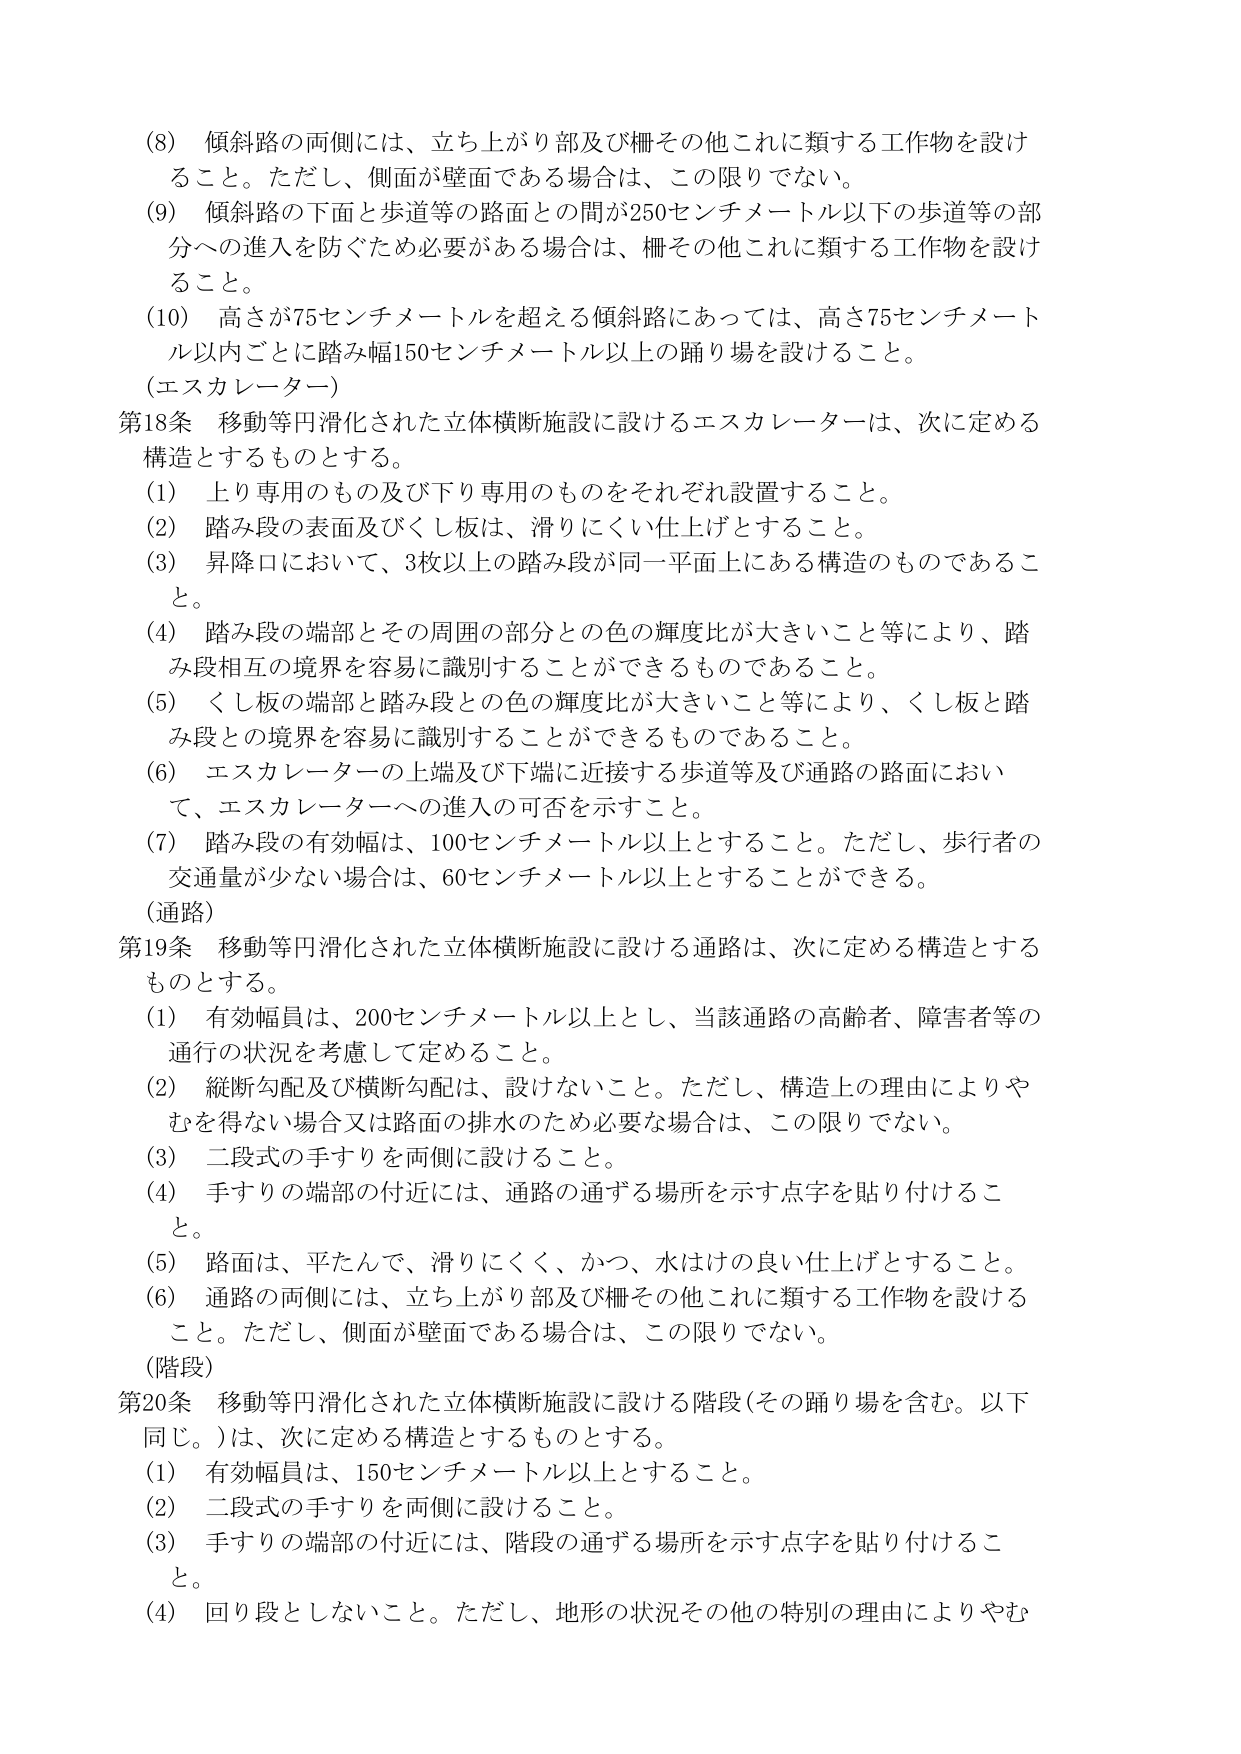
(8) 傾斜路の両側には、立ち上がり部及び柵その他これに類する工作物を設けること。ただし、側面が壁面である場合は、この限りでない。

(9) 傾斜路の下面と歩道等の路面との間が250センチメートル以下の歩道等の部分への進入を防ぐため必要がある場合は、柵その他これに類する工作物を設けること。

(10) 高さが75センチメートルを超える傾斜路にあっては、高さ75センチメートル以内ごとに踏み幅150センチメートル以上の踊り場を設けること。

(エスカレーター)

第18条 移動等円滑化された立体横断施設に設けるエスカレーターは、次に定める構造とするものとする。

(1) 上り専用のもの及び下り専用のものをそれぞれ設置すること。

(2) 踏み段の表面及びくし板は、滑りにくい仕上げとすること。

(3) 昇降口において、3枚以上の踏み段が同一平面上にある構造のものであること。

(4) 踏み段の端部とその周囲の部分との色の輝度比が大きいこと等により、踏み段相互の境界を容易に識別することができるものであること。

(5) くし板の端部と踏み段との色の輝度比が大きいこと等により、くし板と踏み段との境界を容易に識別することができるものであること。

(6) エスカレーターの上端及び下端に近接する歩道等及び通路の路面において、エスカレーターへの進入の可否を示すこと。

(7) 踏み段の有効幅は、100センチメートル以上とすること。ただし、歩行者の交通量が少ない場合は、60センチメートル以上とすることができる。

(通路)

第19条 移動等円滑化された立体横断施設に設ける通路は、次に定める構造とするものとする。

(1) 有効幅員は、200センチメートル以上とし、当該通路の高齢者、障害者等の通行の状況を考慮して定めること。

(2) 縦断勾配及び横断勾配は、設けないこと。ただし、構造上の理由によりやむを得ない場合又は路面の排水のため必要な場合は、この限りでない。

(3) 二段式の手すりを両側に設けること。

(4) 手すりの端部の付近には、通路の通ずる場所を示す点字を貼り付けること。

(5) 路面は、平たんで、滑りにくく、かつ、水はけの良い仕上げとすること。

(6) 通路の両側には、立ち上がり部及び柵その他これに類する工作物を設けること。ただし、側面が壁面である場合は、この限りでない。

(階段)

第20条 移動等円滑化された立体横断施設に設ける階段（その踊り場を含む。以下同じ。）は、次に定める構造とするものとする。

(1) 有効幅員は、150センチメートル以上とすること。

(2) 二段式の手すりを両側に設けること。

(3) 手すりの端部の付近には、階段の通ずる場所を示す点字を貼り付けること。

(4) 回り段としないこと。ただし、地形の状況その他の特別の理由によりやむ